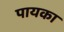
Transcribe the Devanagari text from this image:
पायका